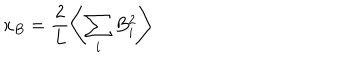
LaTeX: x _ { B } = \frac { 2 } { L } \left\langle \sum _ { i } B _ { i } ^ { 2 } \right\rangle